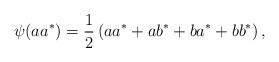
LaTeX: \begin{align*} \psi(aa^*) = \frac{1}{2}\left( aa^* + ab^* + ba^* + bb^*\right),\end{align*}